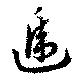
逓